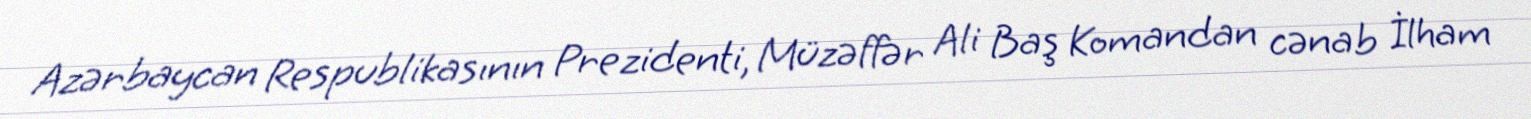
Azərbaycan Respublikasının Prezidenti, Müzəffər Ali Baş Komandan cənab İlham